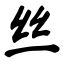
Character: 丝